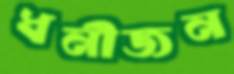
ধনীজন